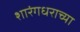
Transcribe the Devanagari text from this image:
शारंगधराच्या